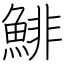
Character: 鯡